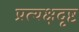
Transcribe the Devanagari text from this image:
प्रत्यक्षदृष्ट